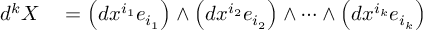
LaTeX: \begin{array} { r l } { d ^ { k } X } & { { } = \left( d x ^ { i _ { 1 } } e _ { i _ { 1 } } \right) \wedge \left( d x ^ { i _ { 2 } } e _ { i _ { 2 } } \right) \wedge \cdots \wedge \left( d x ^ { i _ { k } } e _ { i _ { k } } \right) } \end{array}